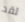
لقد